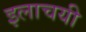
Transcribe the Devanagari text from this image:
इलाचयी